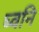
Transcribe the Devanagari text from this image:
घ्वनि